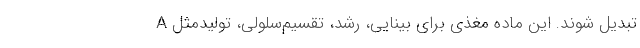
A تبدیل شوند. این ماده مغذی برای بینایی، رشد، تقسیم‌سلولی، تولیدمثل